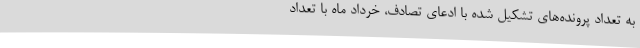
به تعداد پرونده‌های تشکیل شده با ادعای تصادف، خرداد ماه با تعداد